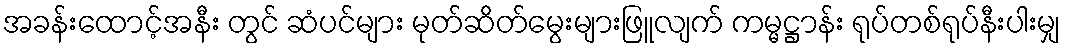
အခန်းထောင့်အနီး တွင် ဆံပင်များ မုတ်ဆိတ်မွေးများဖြူလျက် ကမ္မဋ္ဌာန်း ရုပ်တစ်ရုပ်နီးပါးမျှ